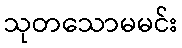
သုတသောမမင်း